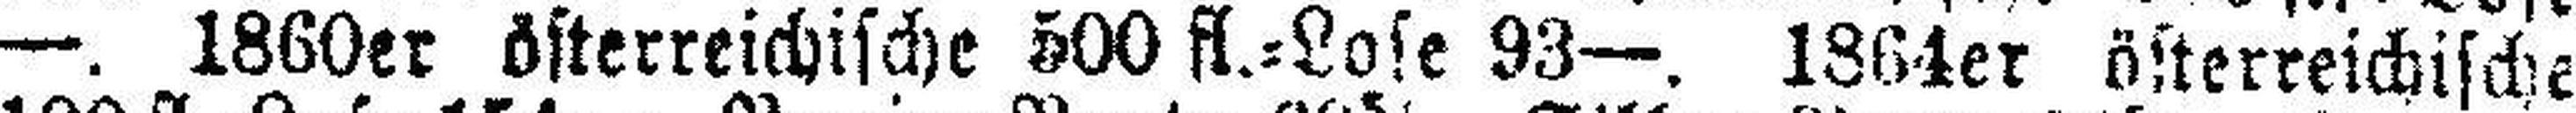
—. 1860er österreichische 500 fl.=Lose 93—. 1864er österreichische